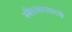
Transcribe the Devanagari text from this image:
स्वैराचारासारखे